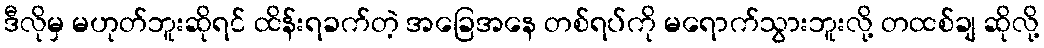
ဒီလိုမှ မဟုတ်ဘူးဆိုရင် ထိန်းရခက်တဲ့ အခြေအနေ တစ်ရပ်ကို မရောက်သွားဘူးလို့ တထစ်ချ ဆိုလို့